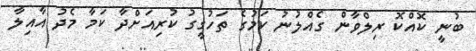
ބުނީ ކޮއްކޮ ރިލްވާން ގެއްލުނު ކަމުގެ ތަހުގީގު ކުރިއަށްދާ ކަމާ މެދު އާއިލާ